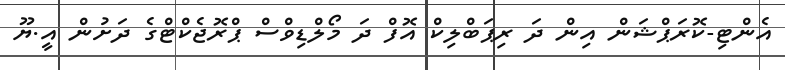
އެންޓި-ކޮރަޕްޝަން އިން ދަ ރިޕަބްލިކް އޮފް ދަ މޯލްޑިވްސް ޕްރޮޖެކްޓްގެ ދަށުން އީ.ޔޫ